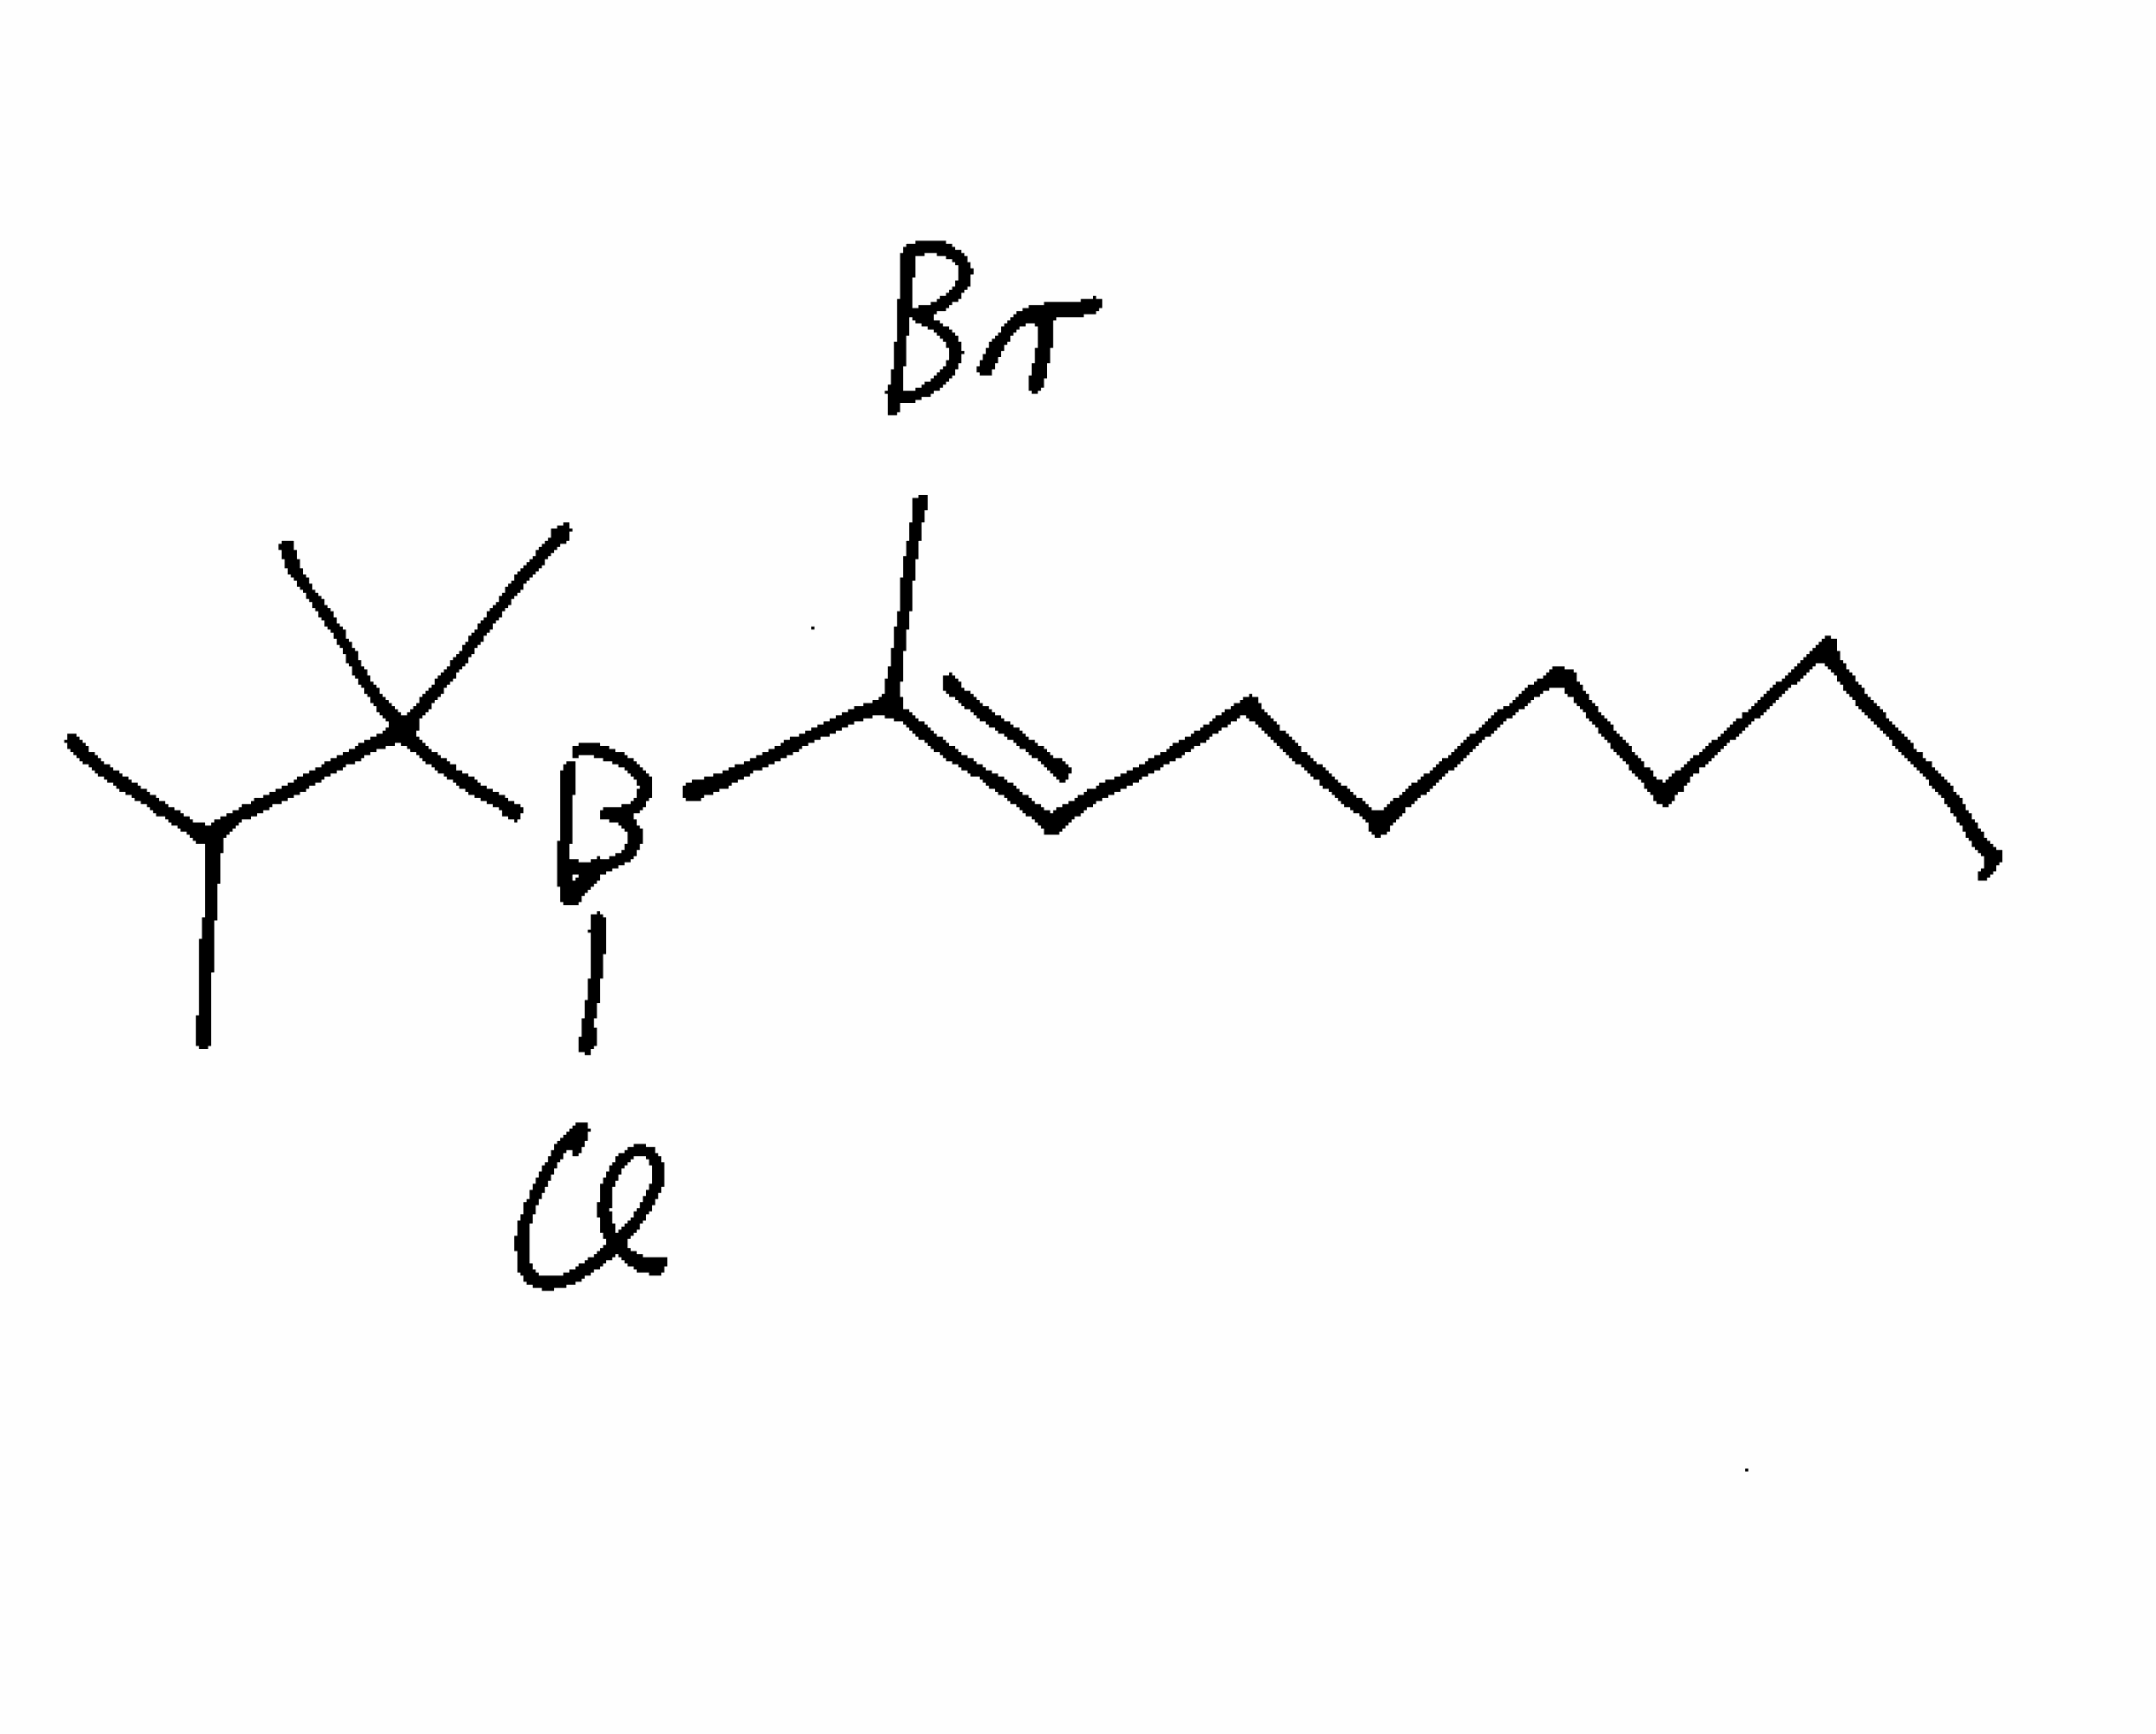
Simplified molecular-input line-entry system (SMILES) notation of the given molecule:
B(/C(=C/CCCCCC)/Br)(C(C)(C)C(C)C)Cl